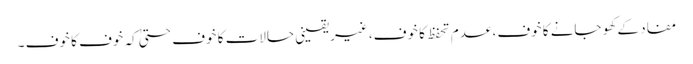
مفاد کے کھو جانے کا خوف، عدم تحفظ کا خوف، غیریقینی حالات کا خوف حتیٰ کہ خوف کا خوف ۔